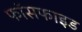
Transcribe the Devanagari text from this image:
फॉसफाइड